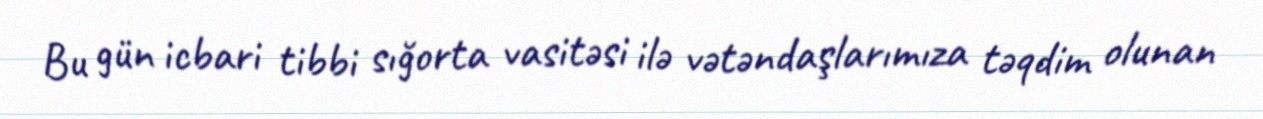
Bu gün icbari tibbi sığorta vasitəsi ilə vətəndaşlarımıza təqdim olunan